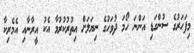
މިފަހަރުގެ ސުންގަޑި އަންނަ ހޯމަ ދުވަހުގެ ނިޔަލަށް އިތުުރުކުރުމާ އެކު އީރާނާއި އެމެރިކާ